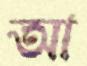
আ